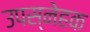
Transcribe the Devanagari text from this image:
उपस्नेहक